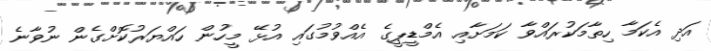
އަދި އެކަމާ ހިތާމަކުރައްވާ ކަމަށާއި އެމްޑީޕީގެ އެއްވުމުގައި އުޅޭ މީހުން ހައްޔަރުކޮށްގެން ނުވާނެ